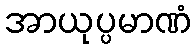
အာယုပ္ပမာဏံ